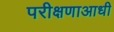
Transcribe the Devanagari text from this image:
परीक्षणाआधी